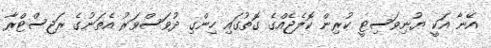
އޭނާ އަކީ ޔުނިވަސިޓީ ކުރިން ކޮލެޖެއްގެ ގޮތުގައި ހިންގި ދުވަސްވަރު އެތަނުގެ ރަޖިސްޓްރާ